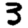
Digit: 3